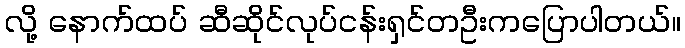
လို့ နောက်ထပ် ဆီဆိုင်လုပ်ငန်းရှင်တဦးကပြောပါတယ်။